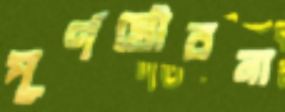
পূর্ণযৌবনা